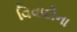
વિવાદોના